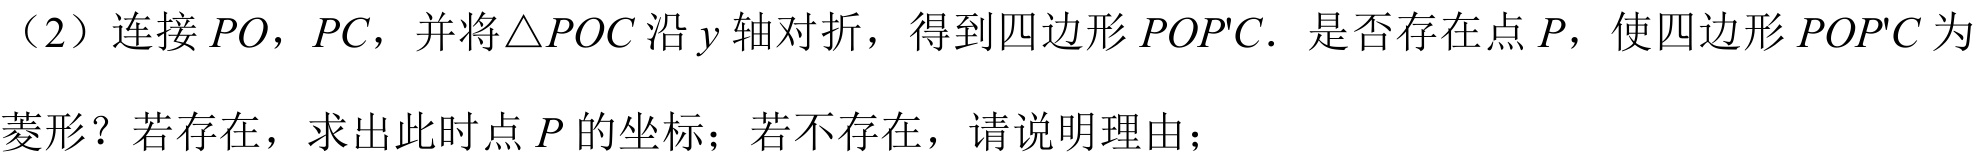
（2）连接\(PO\)，\(PC\)，并将\(\triangle POC\)沿\(y\)轴对折，得到四边形\(POP'C\)．是否存在点\(P\)，使四边形\(POP'C\)为
菱形？若存在，求出此时点\(P\)的坐标；若不存在，请说明理由；